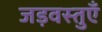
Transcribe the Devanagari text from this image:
जड़वस्तुएँ